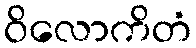
ဝိလောကိတံ